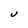
Character: U